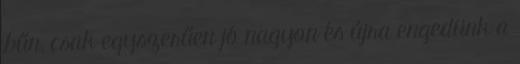
bűn, csak egyszerűen jó nagyon és újra engedünk a